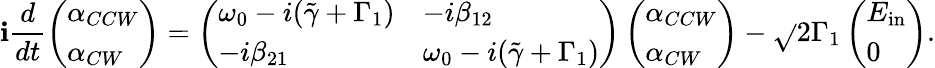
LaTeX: \mathbf{i}\frac{{d}}{{dt}}\left(\begin{array}{l}{\alpha_{CCW}}\\ {\alpha_{CW}}\end{array}\right)=\left(\begin{array}{ll}{\omega_{0}-i(\tilde{\gamma}+\Gamma_{1})}&{-i\beta_{12}}\\ {-i\beta_{21}}&{\omega_{0}-i(\tilde{\gamma}+\Gamma_{1})}\end{array}\right)\left(\begin{array}{l}{\alpha_{CCW}}\\ {\alpha_{CW}}\end{array}\right)-\sqrt{}{{2\Gamma_{1}}}\left(\begin{array}{l}{E_{\mathrm{in}}}\\ {0}\end{array}\right).